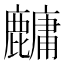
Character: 𬹁